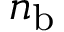
n _ { \mathrm { b } }